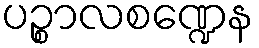
ပဉ္စာလစဏ္ဍေန